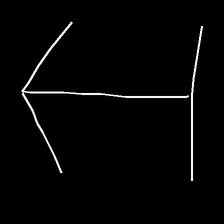
Glyph: levitation